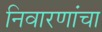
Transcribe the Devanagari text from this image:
निवारणांचा